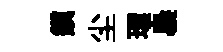
鎮尘環裊